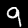
Label: 9